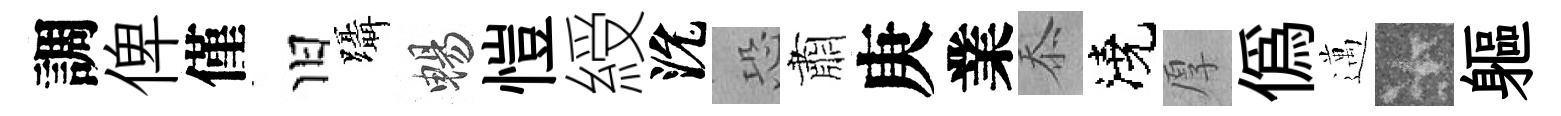
調俾僅旧躡暢愷綬沇恐肅庚業忝澆厚僞邁卡軀